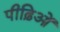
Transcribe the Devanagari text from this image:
पीढ़िओं